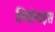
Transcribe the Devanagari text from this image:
लियोनाइस